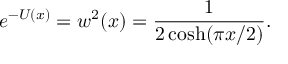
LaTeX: e ^ { - U ( x ) } = w ^ { 2 } ( x ) = { \frac { 1 } { 2 \cosh ( \pi x / 2 ) } } .